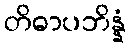
တိဓာပဘိန္နံ